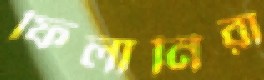
ফিলানিরা